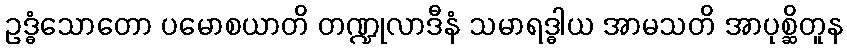
ဥဒ္ဓံသောတော ပမောစယာတိ တဏ္ဍုလာဒီနံ သမာရဒ္ဓါယ အာမသတိ အာပုစ္ဆိတူန